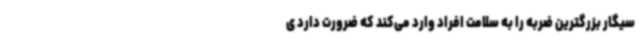
سیگار بزرگترین ضربه را به سلامت افراد وارد می‌کند که ضرورت دارد ی